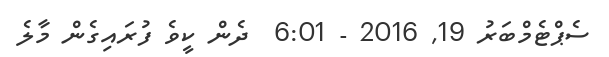
ސެޕްޓެމްބަރު 19